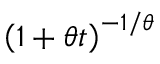
\left( 1 + \theta t \right) ^ { - 1 / \theta }